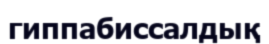
гиппабиссалдық